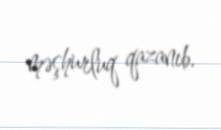
məşhurluq qazanıb.